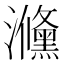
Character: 㶖